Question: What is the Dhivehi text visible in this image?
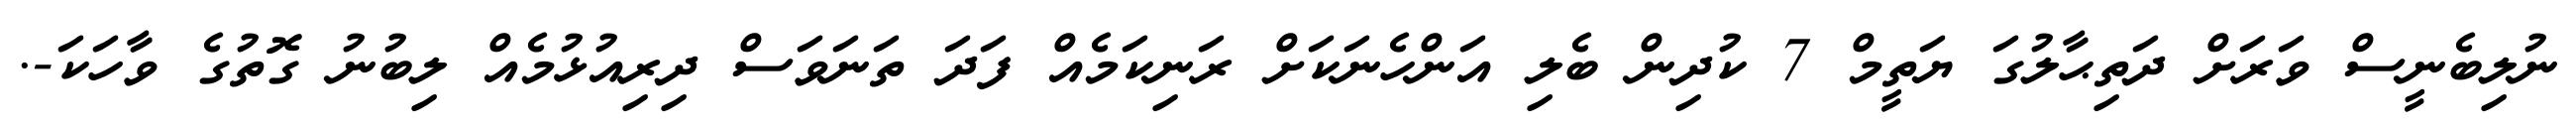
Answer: ނުލިބެނީސް ވަރަށް ދަތިޙާލުގަ ޔަތީމް 7 ކުދިން ބެލި އަންހެނަކަށް ރަނިކަމެއް ފަދަ ތަނަވަސް ދިރިއުޅުމެއް ލިބުނު ގޮތުގެ ވާހަކަ-.